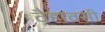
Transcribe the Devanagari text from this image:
वैहावसी